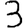
Digit: 3